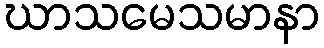
ဃာသမေသမာနာ